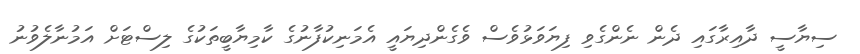
ސިޔާސީ ދާއިރާގައި ދެން ނެންގެވި ފިޔަވަޅުވެސް ވެގެންދިޔައީ އެމަނިކުފާނުގެ ކާމިޔާބީތަކުގެ ލިސްޓަށް އަމުނާލެވުނު